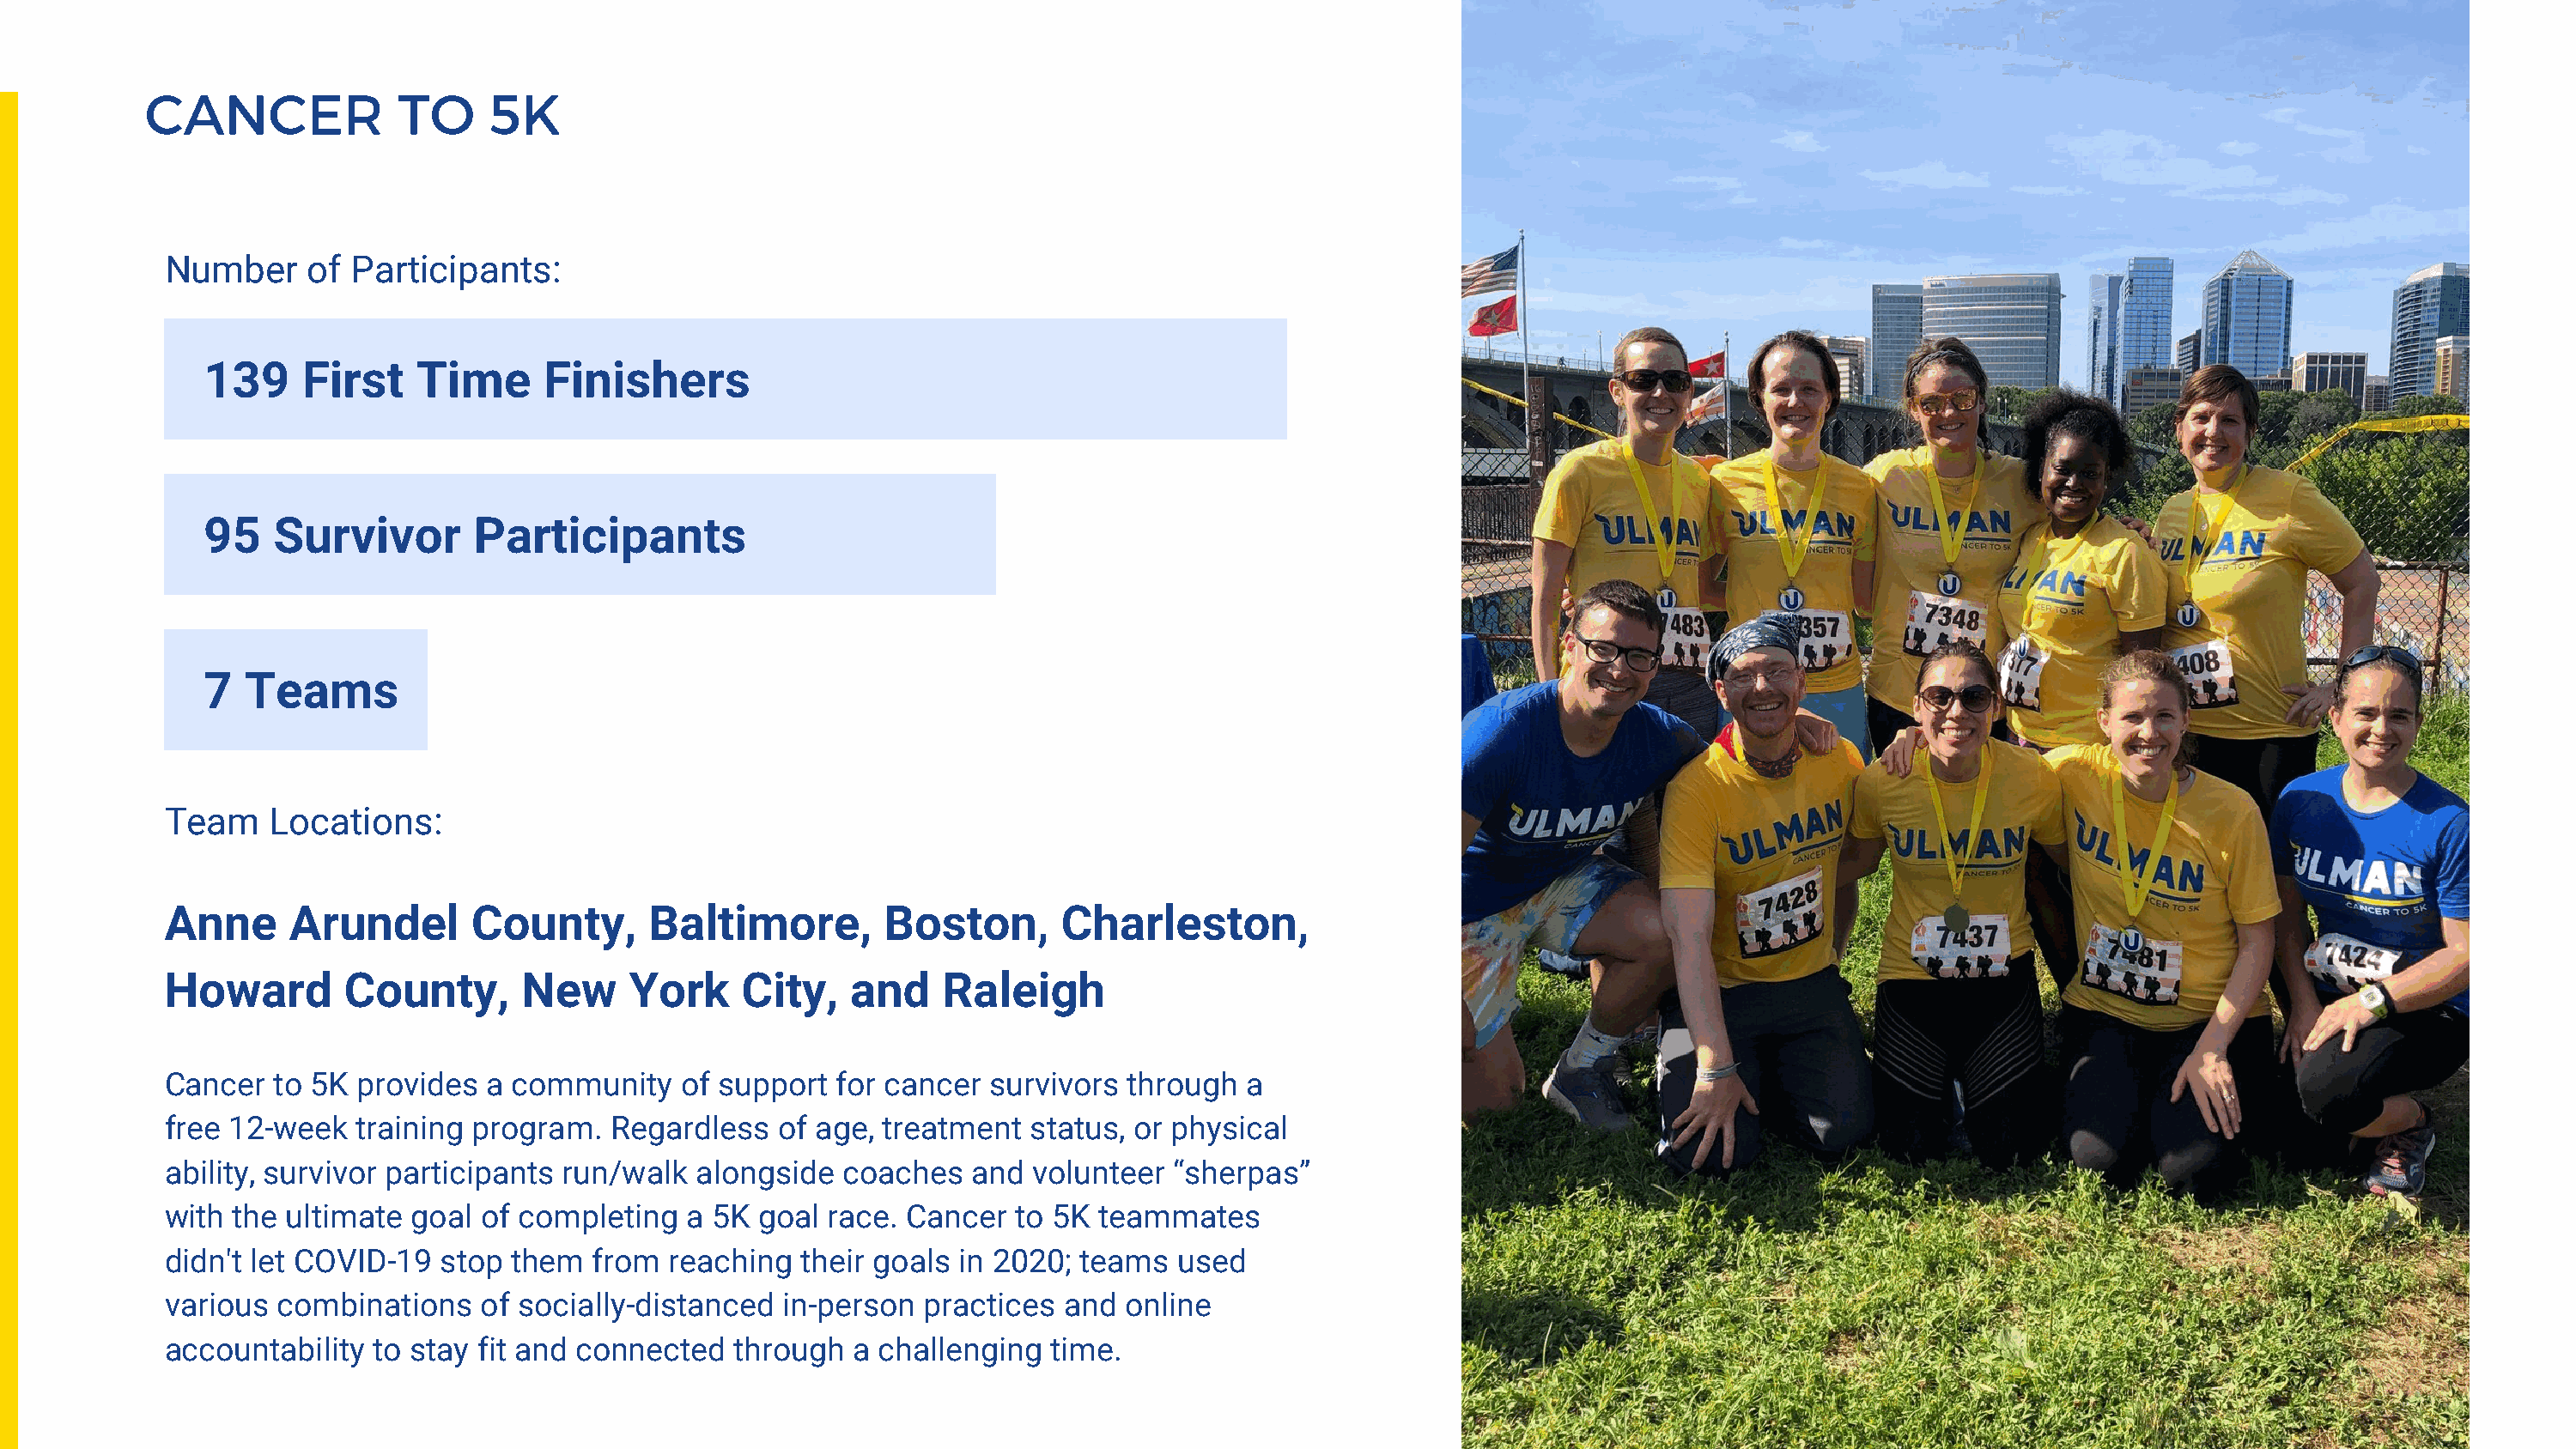
CANCER              TO     5K
 Number     of Participants:
 139    First    Time      Finishers
 95   Survivor        Participants
 7  Teams
 Team    Locations:
 Anne     Arundel       County,       Baltimore,        Boston,       Charleston,
 Howard        County,      New      York    City,    and    Raleigh
 Cancer  to 5K provides   a community    of support  for cancer survivors  through  a
 free 12-week  training program.   Regardless   of age, treatment  status, or physical
 ability, survivor participants run/walk  alongside  coaches   and  volunteer  “sherpas”
 with the ultimate  goal of completing   a 5K goal  race. Cancer  to 5K  teammates
 didn't let COVID-19  stop them   from  reaching  their goals in 2020; teams   used
 various combinations    of socially-distanced  in-person  practices  and  online
 accountability  to stay fit and connected   through  a challenging  time.